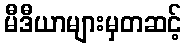
မီဒီယာများမှတဆင့်